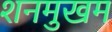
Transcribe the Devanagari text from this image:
शनमुखम